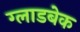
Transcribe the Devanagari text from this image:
ग्लाडबेक